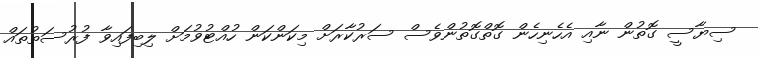
ސިޔާސީ ގޮތުން ނާއި އެހެނިހެން ގޮތްގޮތުންވެސް ސަރުކާރަށް މިކަންކަން ހުއްޓުވުމަށް ލިބިފައިވާ ފުރުސަތުތައް